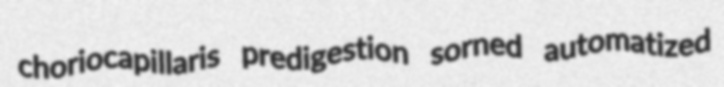
choriocapillaris predigestion sorned automatized